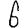
Digit: 6